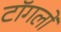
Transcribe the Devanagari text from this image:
टॉगलों